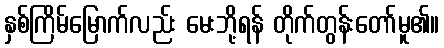
နှစ်ကြိမ်မြောက်လည်း မေးဘို့ရန် တိုက်တွန်းတော်မူ၏။